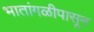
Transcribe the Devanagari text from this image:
भातांगळीपासून